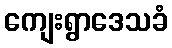
ကျေးရွာဒေသခံ